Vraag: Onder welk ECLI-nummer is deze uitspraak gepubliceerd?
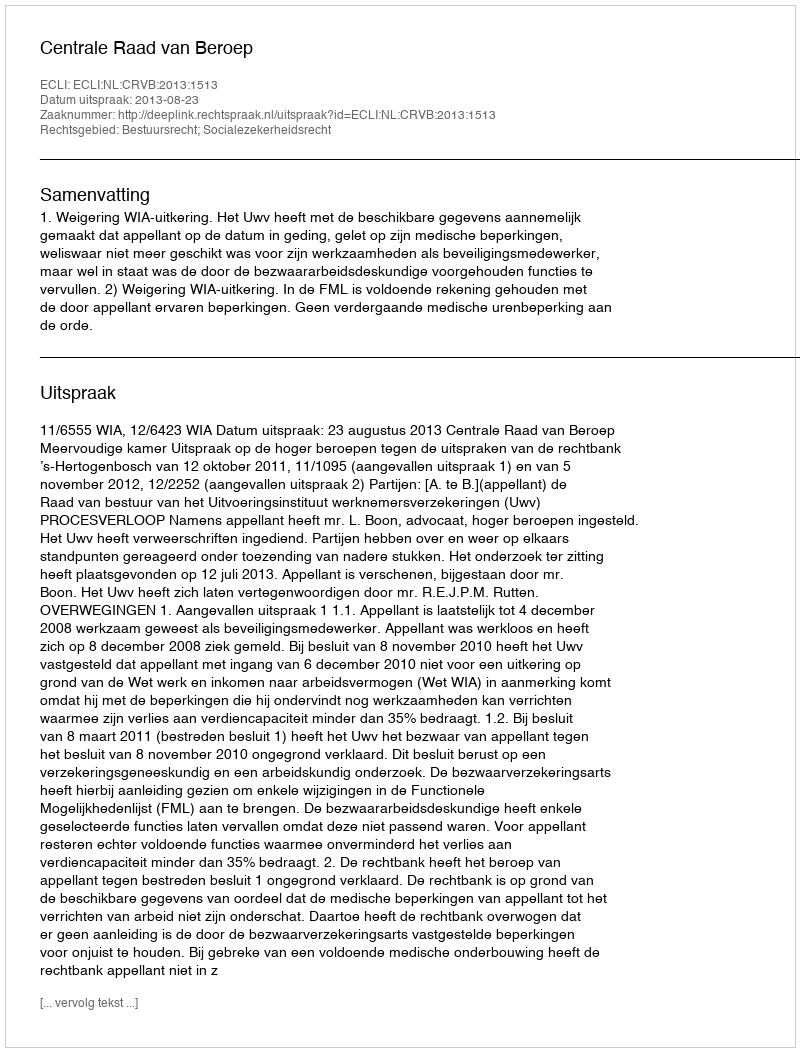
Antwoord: ECLI:NL:CRVB:2013:1513